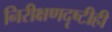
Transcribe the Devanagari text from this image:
निरीक्षणदृष्टीही